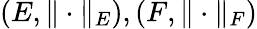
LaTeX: \left(E,\| \cdot\| _{E}\right),\left(F,\| \cdot\| _{F}\right)